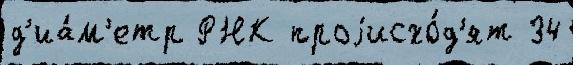
д'иа́м'етр РНК проjисхо́д'ят 34